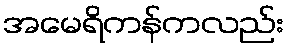
အမေရိကန်ကလည်း